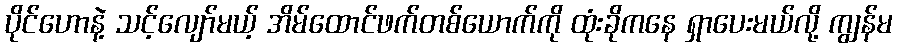
ပိုင်ဟောနဲ့ သင့်လျော်မယ့် အိမ်ထောင်ဖက်တစ်ယောက်ကို ထုံးခိုကနေ ရှာပေးမယ်လို့ ကျွန်မ